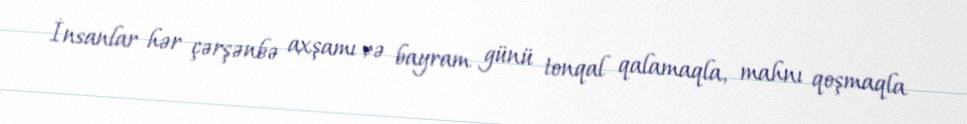
İnsanlar hər çərşənbə axşamı və bayram günü tonqal qalamaqla, mahnı qoşmaqla